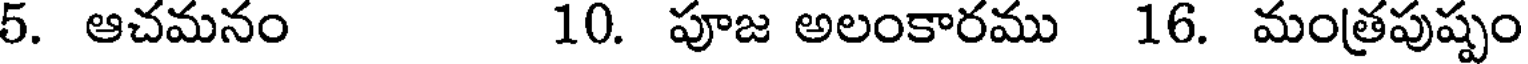
5. ఆచమనం 10. పూజ అలంకారము 16. మంత్రపుష్పం